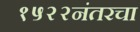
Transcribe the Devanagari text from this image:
१५२२नंतरचा